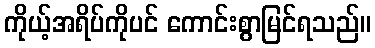
ကိုယ့်အရိပ်ကိုပင် ကောင်းစွာမြင်ရသည်။